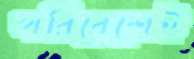
পরিবেশেই